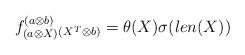
LaTeX: \begin{align*}f^{(a \otimes b)}_{(a \otimes X)}{}_{(X^T \otimes b)} = \theta(X) \sigma(len(X))\end{align*}